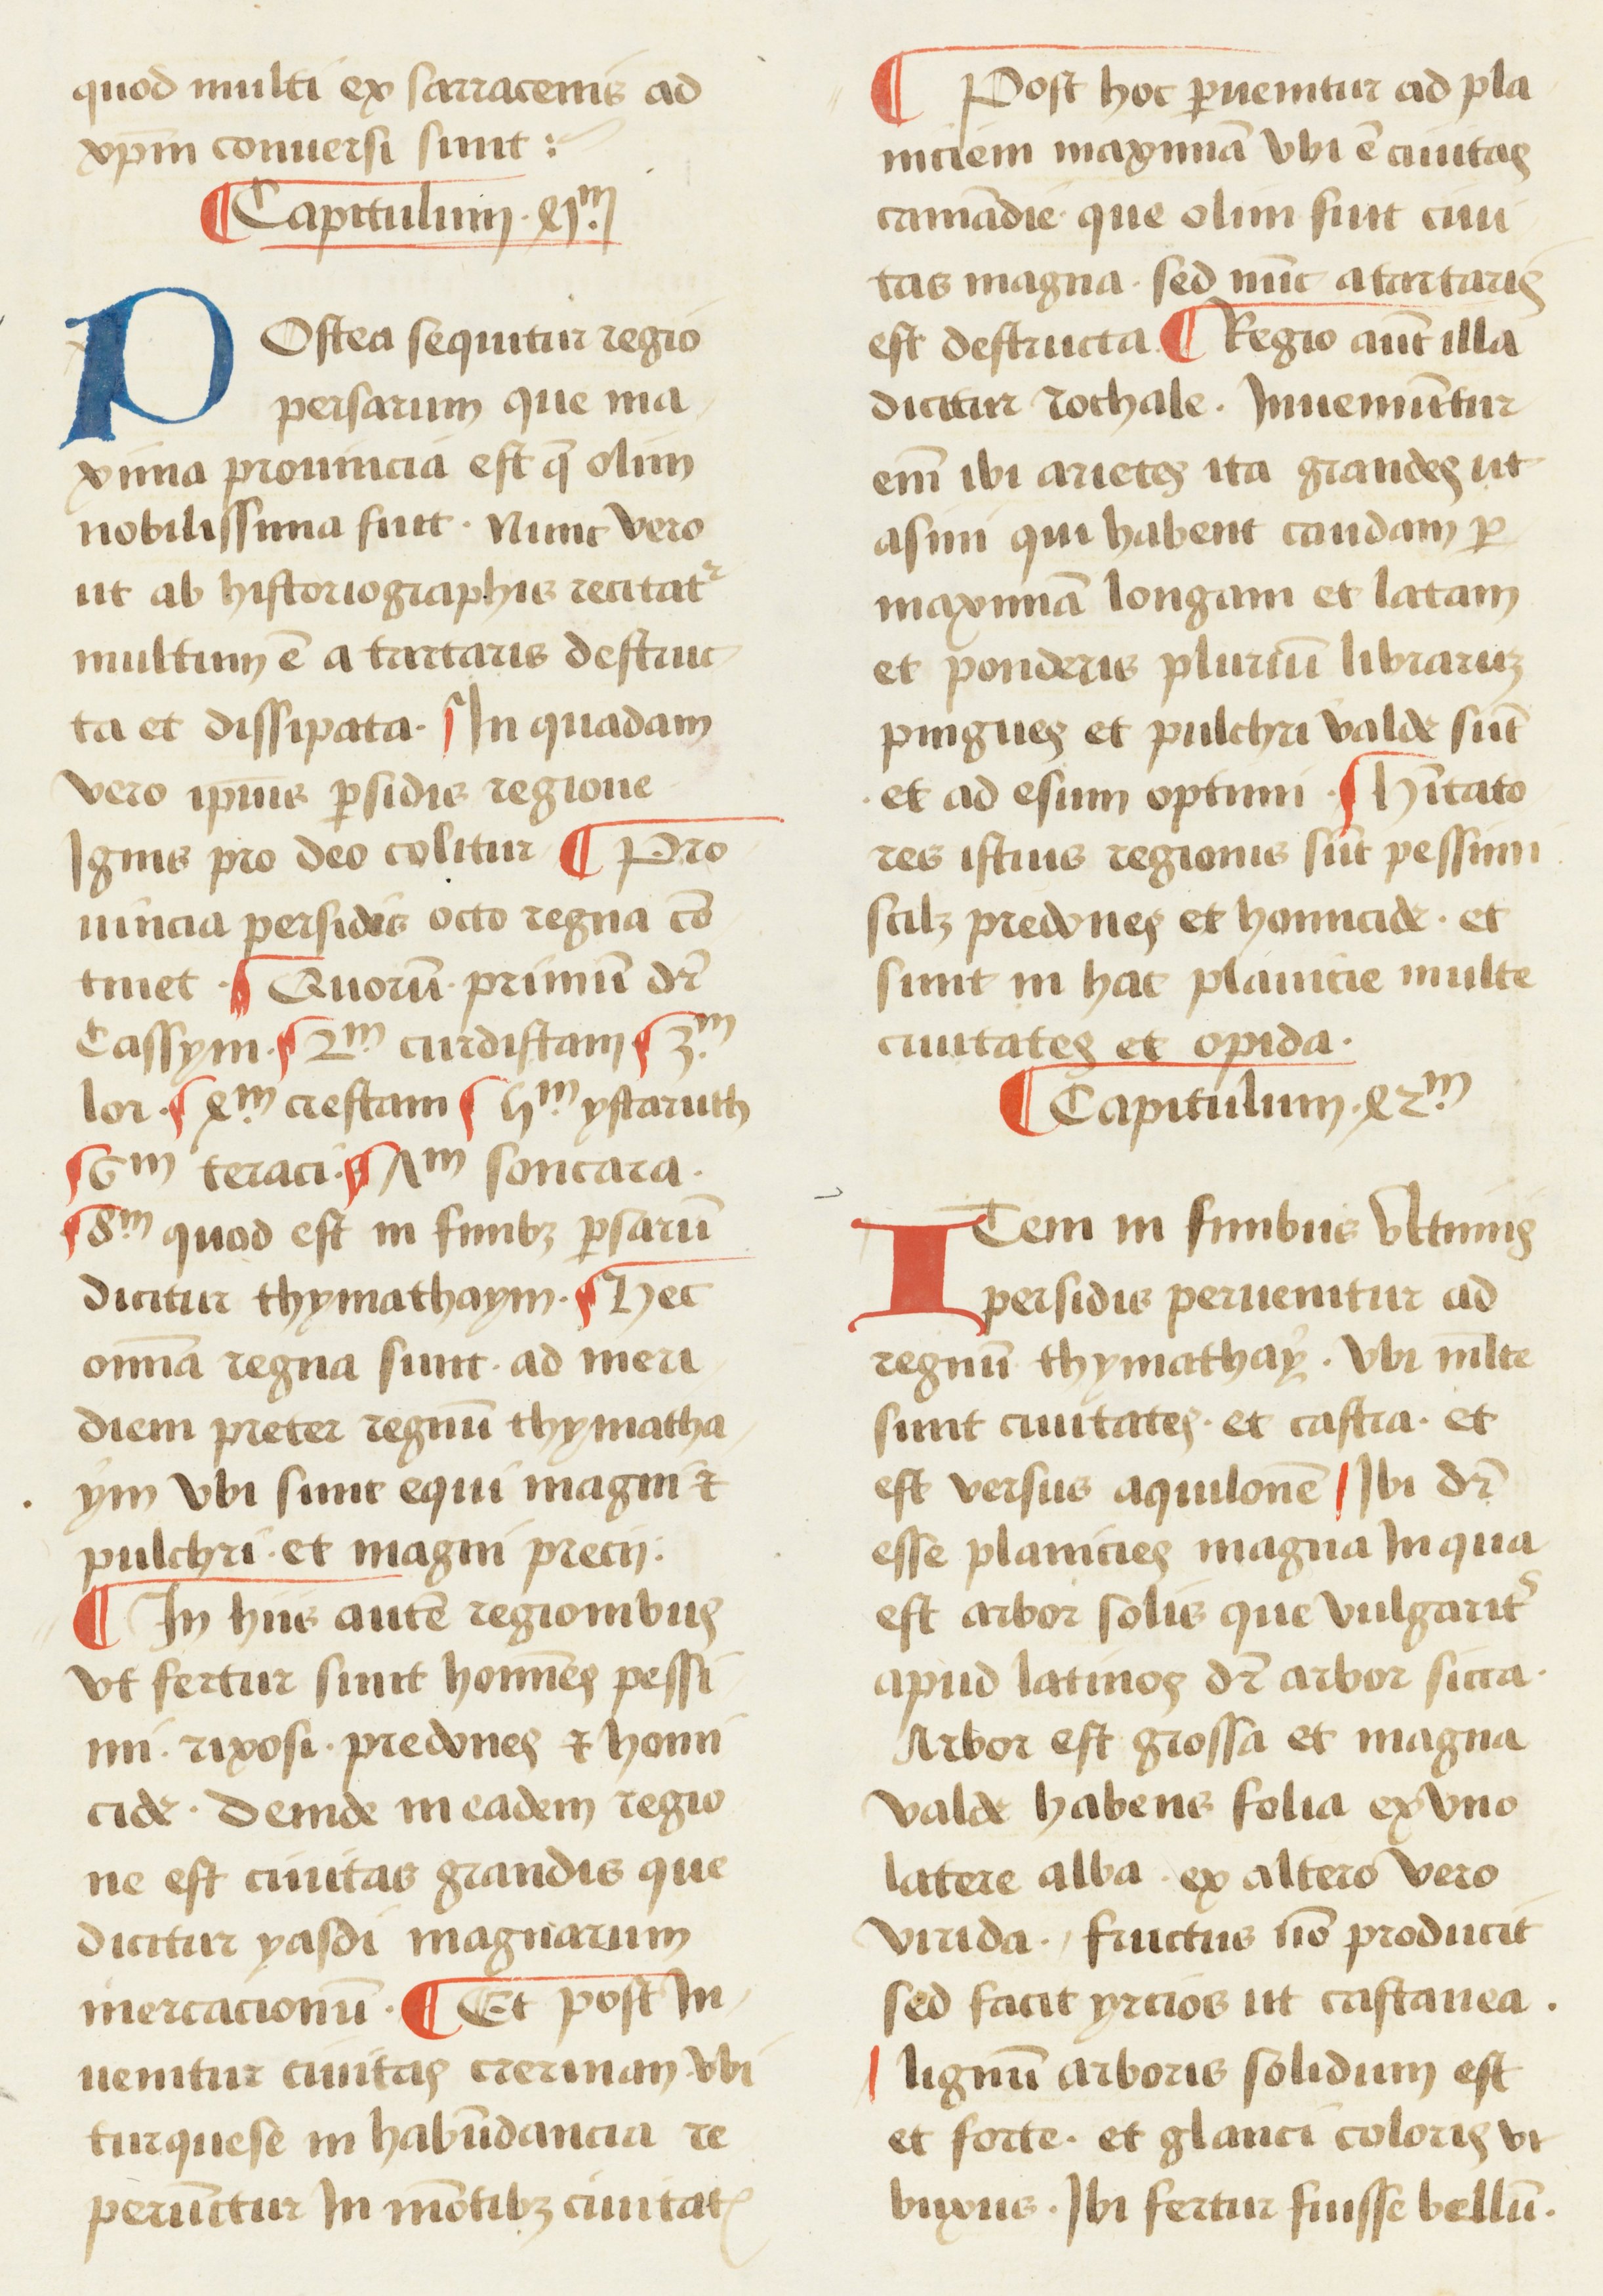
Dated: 1450–1474